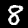
Label: 8